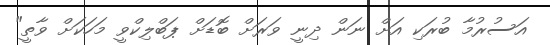
އަސުރުމާ ބުރަކި އަށް ނަން ދިނީ ވަރަށް ބޮޑަށް ޕަބްލިކްވީ މަހަކަށް ވާތީ"